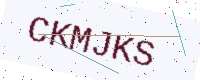
Text: CKMJKS